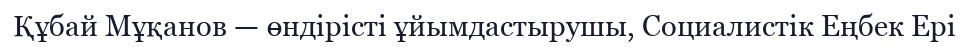
Құбай Мұқанов — өндірісті ұйымдастырушы, Социалистік Еңбек Ері